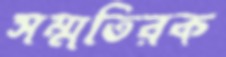
সম্মতিরক